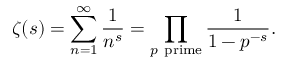
\zeta ( s ) = \sum _ { n = 1 } ^ { \infty } { \frac { 1 } { n ^ { s } } } = \prod _ { p { \mathrm { ~ p r i m e } } } { \frac { 1 } { 1 - p ^ { - s } } } .